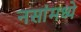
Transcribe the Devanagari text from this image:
नसांमध्ये